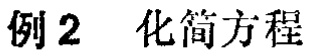
例2 化简方程